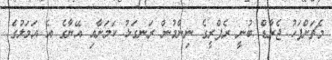
މެޗަށްފަހު ޖެރާޑް ބުނީ ރެފްރީގެ ނިންމުން ރަނގަޅު ކަމަށާއި އޭނާގެ އެ އަމަލުގެ